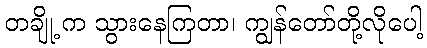
တချို့ က သွားနေကြတာ၊ ကျွန်တော်တို့လိုပေါ့